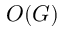
O ( G )